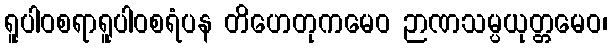
ရူပါဝစရာရူပါဝစရံပန တိဟေတုကမေဝ ဉာဏသမ္ပယုတ္တမေဝ၊